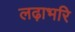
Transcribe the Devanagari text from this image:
लढ़ाभरि